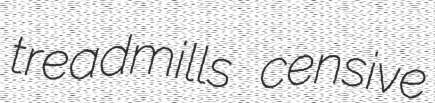
treadmills censive